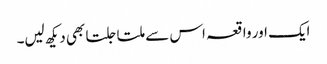
ایک اور واقعہ اس سے ملتا جلتا بھی دیکھ لیں۔